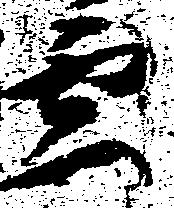
雲